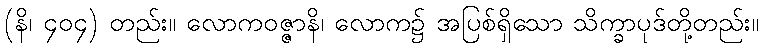
(နိ၊ ၄၀၄) တည်း။ လောကဝဇ္ဇာနိ၊ လောက၌ အပြစ်ရှိသော သိက္ခာပုဒ်တို့တည်း။